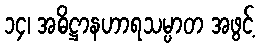
၁၄၊ အဓိဋ္ဌာနဟာရသမ္ပာတ အဖွင့်